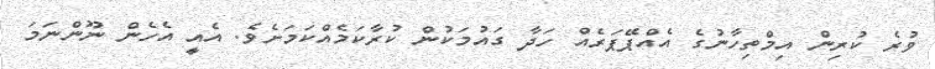
ވުރެ ކުރިން އިމްތިހާނުގެ އެއްޕޭޕަރެއް ހަދާ ގައުމަކުން ކުރާކަމެއްކަމަށެވެ. އެއީ އެހެން ނޫންނަމަ